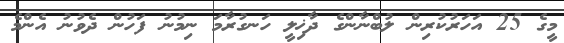
މީގެ 25 އަހަރުކުރިން ލުބްނާންގެ ދާޚިލީ ހަނގުރާމަ ނިމުނު ފަހުން ދެވުނު އެންމެ